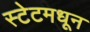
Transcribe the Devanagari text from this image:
स्टेटमधून